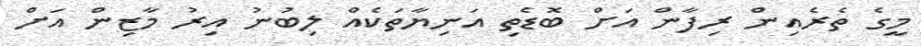
މީގެ ތެރެއިން ރިފާން އަށް ބޮޑެތި އަނިޔާތަކެއް ލިބުނު އިރު މާޒިން އަށް